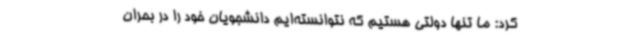
کرد: ما تنها دولتی هستیم که نتوانسته‌ایم دانشجویان خود را در بحران